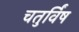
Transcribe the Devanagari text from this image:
चतुर्विंष